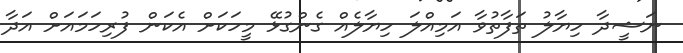
ނަޝީދާ ހިޔާލު ތަފާތުވާ އަމިއްލަ ހިޔާލެއް ގެންގުޅޭ މީހަކަށް އެކަން ފުރިހަމައަށް އަދާ